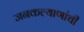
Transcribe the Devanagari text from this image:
जनकल्याणांची